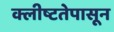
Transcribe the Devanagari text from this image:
क्लीष्टतेपासून